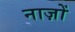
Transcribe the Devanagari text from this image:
नाज़ों